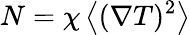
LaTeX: N=\chi\left\langle(\nabla T)^{2}\right\rangle